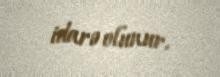
idarə olunur.